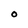
Character: 0